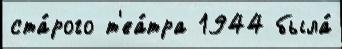
ста́рого т'еа́тра 1944 была́